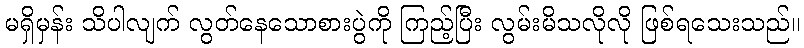
မရှိမှန်း သိပါလျက် လွတ်နေသောစားပွဲကို ကြည့်ပြီး လွမ်းမိသလိုလို ဖြစ်ရသေးသည်။